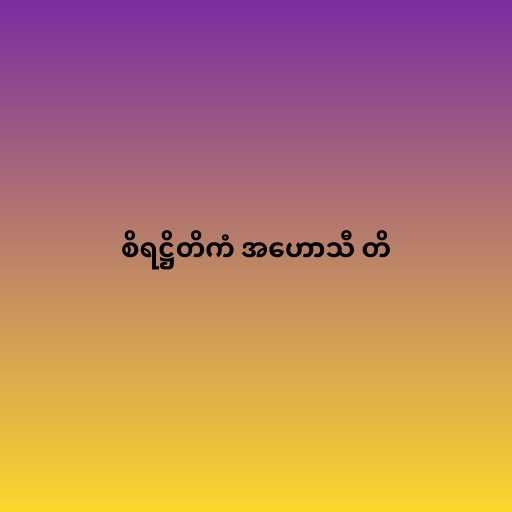
စိရဋ္ဌိတိကံ အဟောသီ တိ